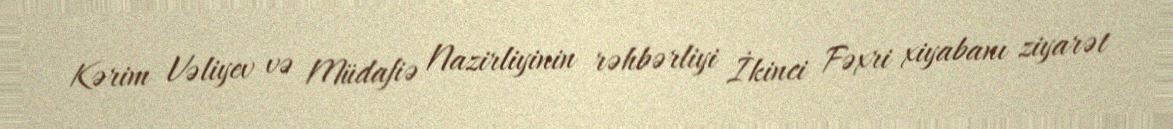
Kərim Vəliyev və Müdafiə Nazirliyinin rəhbərliyi İkinci Fəxri xiyabanı ziyarət